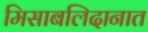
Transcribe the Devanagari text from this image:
मिसाबलिदानात